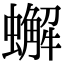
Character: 蠏